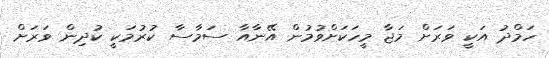
ހަމްދު އަކީ ވަރަށް މަޖާ މީހަކަށްވުމުން އޭނާއާ ސަމާސާ ކުރުމަކީ ކުދިން ވަރަށް